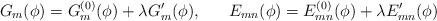
LaTeX: \begin{align*}G_{m}(\phi) = G_{m}^{(0)}(\phi) + \lambda G^{\prime}_{m}(\phi), \;\;\;\;\;\;E_{mn}(\phi) = E_{mn}^{(0)}(\phi) + \lambda E^{\prime}_{mn}(\phi)\end{align*}